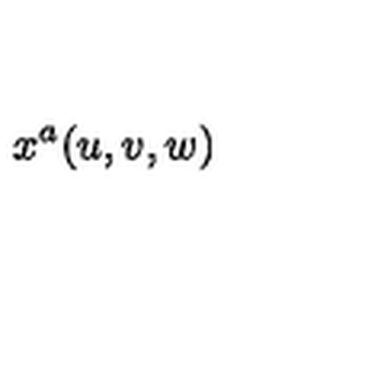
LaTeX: x ^ { a } ( u , v , w )